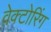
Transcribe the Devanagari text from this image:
वेक्टोरिंग